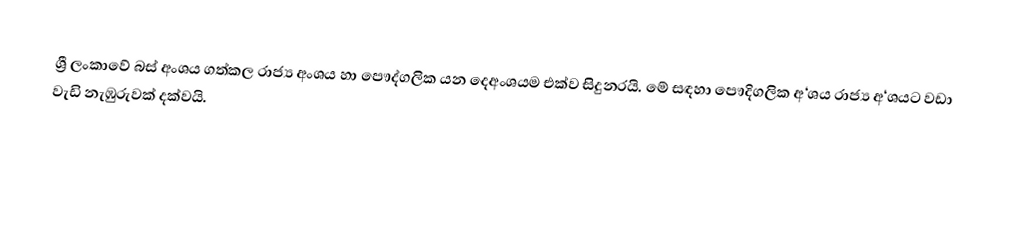
ශ්‍රී ලංකාවේ බස් අංශය ගත්කල රාජ්‍ය අංශය හා පෞද්ගලික යන දෙඅංශයම එක්ව සිදුනරයි. මේ සඳහා පෞදිගලික අ‘ශය රාජ්‍ය අ‘ශයට වඩා වැඩි නැඹුරුවක් දක්වයි.